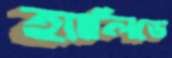
হ্যালিডে